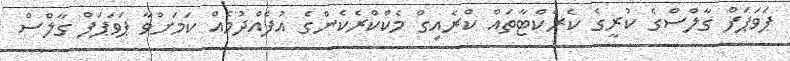
ޕަވަޕަފް ގާލްސްގެ ކުރީގެ ކެރެކްޓާތައް ކްރެއިގް މެކްކްރެކެންގެ އުފެއްދުމެއް ކަމަށްވާ ޕަވަޕަފް ގާލްސް